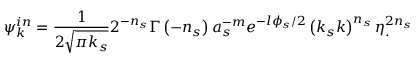
\psi _ { k } ^ { i n } = \frac { 1 } { 2 \sqrt { \pi k _ { s } } } 2 ^ { - n _ { s } } \Gamma \left( - n _ { s } \right) a _ { s } ^ { - m } e ^ { - l \phi _ { s } / 2 } \left( k _ { s } k \right) ^ { n _ { s } } \eta _ { . } ^ { 2 n _ { s } }